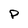
Character: P